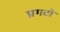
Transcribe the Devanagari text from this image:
प्रगटो